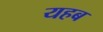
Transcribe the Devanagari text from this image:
यहब